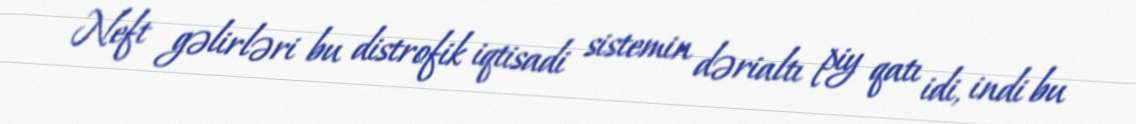
Neft gəlirləri bu distrofik iqtisadi sistemin dərialtı piy qatı idi, indi bu